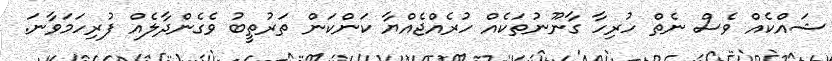
ޝައްކެއް ވެސް ނެތް ހުރިހާ ގާނޫނުތަކެއް ހުރެއްޖެއްޔާ ކަންކަން ތަރުތީބު ވެގެންދާލެއް ފުރިހަމަވާނަ.